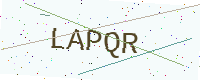
Text: LAPQR